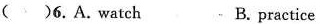
( )6. A. watch B. practice